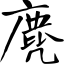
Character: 麂